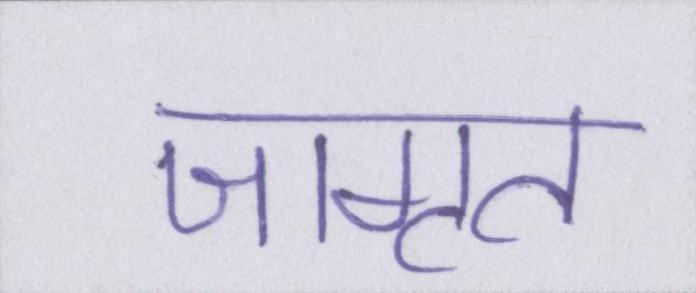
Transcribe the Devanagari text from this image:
जागृत